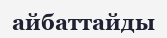
айбаттайды